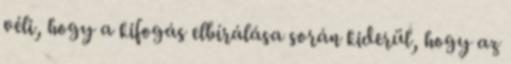
véli, hogy a kifogás elbírálása során kiderül, hogy az